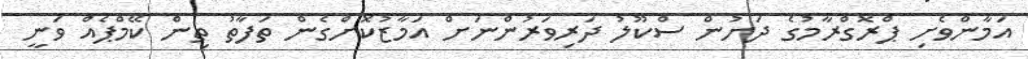
އަމާންވެށި ޕްރޮގްރާމުގެ ދަށުން ސްކޫލު ދަރިވަރުންނަށް އަމާޒުކޮށްގެން ތަފާތު ތިން ކޭމްޕެއް ވަނީ